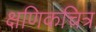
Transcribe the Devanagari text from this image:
क्षणिकचित्र